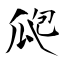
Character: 瓟